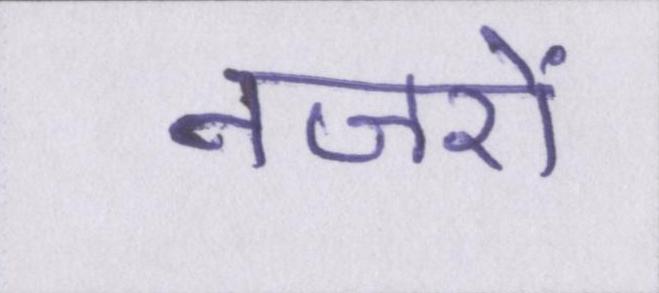
नजरों